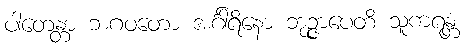
ပါတေန္တာ ဘဂဝတော အင်္ဂါရိနော ဘုဉ္ဇာပေတိ သူကရန္တံ